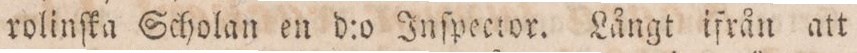
rolinſka Scholan en d:o Inſpector. Långt ifrån att